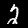
Label: 2